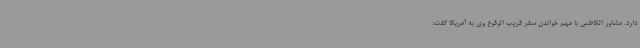
دارد. مشاور الکاظمی با مهم خواندن سفر قریب الوقوع وی به آمریکا گفت: